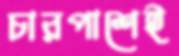
চারপাশেই